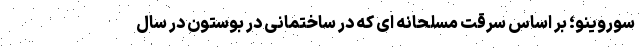
سوروینو؛ بر اساس سرقت مسلحانه ای که در ساختمانی در بوستون در سال